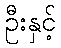
ဦးနှင့်